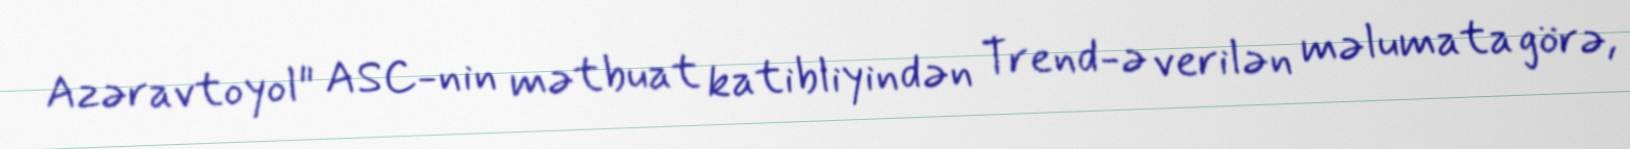
Azəravtoyol" ASC-nin mətbuat katibliyindən Trend-ə verilən məlumata görə,